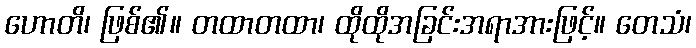
ဟောတိ၊ ဖြစ်၏။ တထာတထာ၊ ထိုထိုအခြင်းအရာအားဖြင့်။ တေသံ၊